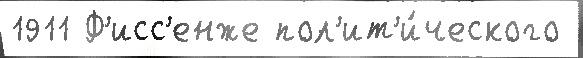
1911 Ф'исс'енже пол'ит'и́ческого